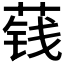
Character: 𮶬